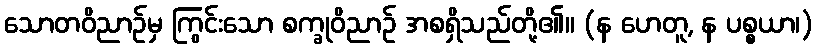
သောတဝိညာဉ်မှ ကြွင်းသော စက္ခုဝိညာဉ် အစရှိသည်တို့၏။ (န ဟေတူ, န ပစ္စယာ၊)